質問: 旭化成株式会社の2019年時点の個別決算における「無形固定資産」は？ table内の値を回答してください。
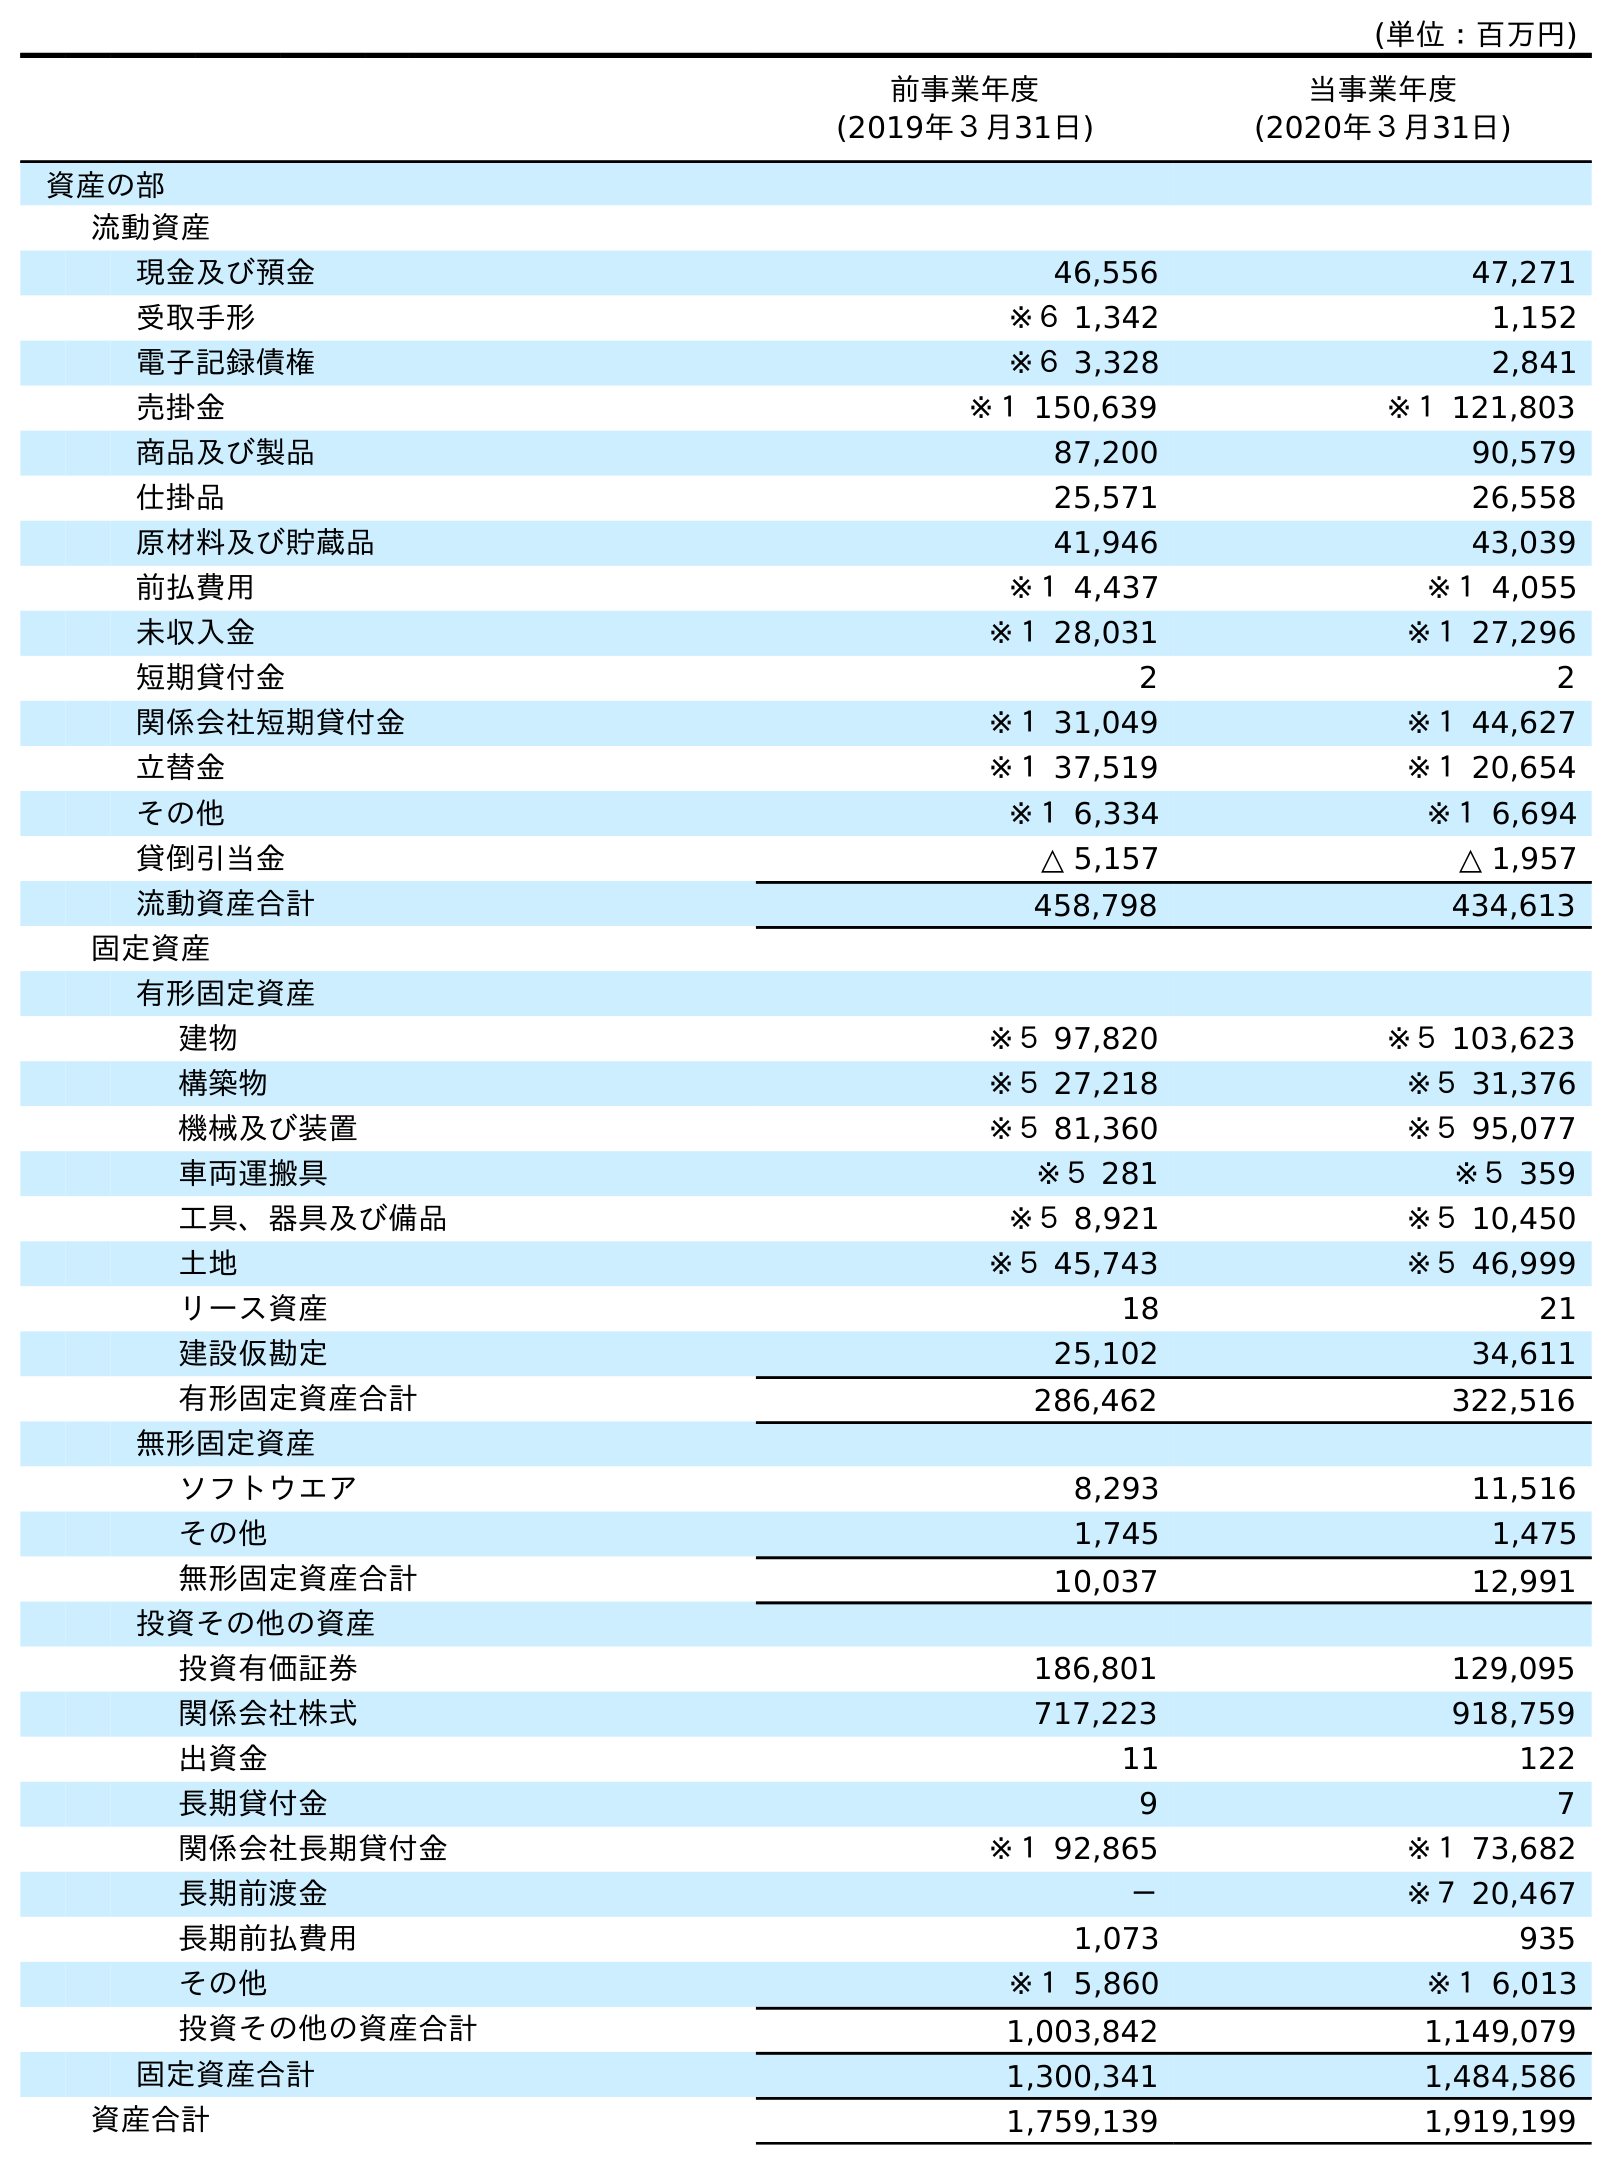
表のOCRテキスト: (単位：百万円) 前事業年度 (2019年３月31日) 当事業年度 (2020年３月31日) 資産の部 流動資産 現金及び預金 46,556 47,271 受取手形 ※６ 1,342 1,152 電子記録債権 ※６ 3,328 2,841 売掛金 ※１ 150,639 ※１ 121,803 商品及び製品 87,200 90,579 仕掛品 25,571 26,558 原材料及び貯蔵品 41,946 43,039 前払費用 ※１ 4,437 ※１ 4,055 未収入金 ※１ 28,031 ※１ 27,296 短期貸付金 2 2 関係会社短期貸付金 ※１ 31,049 ※１ 44,627 立替金 ※１ 37,519 ※１ 20,654 その他 ※１ 6,334 ※１ 6,694 貸倒引当金 △ 5,157 △ 1,957 流動資産合計 458,798 434,613 固定資産 有形固定資産 建物 ※５ 97,820 ※５ 103,623 構築物 ※５ 27,218 ※５ 31,376 機械及び装置 ※５ 81,360 ※５ 95,077 車両運搬具 ※５ 281 ※５ 359 工具、器具及び備品 ※５ 8,921 ※５ 10,450 土地 ※５ 45,743 ※５ 46,999 リース資産 18 21 建設仮勘定 25,102 34,611 有形固定資産合計 286,462 322,516 無形固定資産 ソフトウエア 8,293 11,516 その他 1,745 1,475 無形固定資産合計 10,037 12,991 投資その他の資産 投資有価証券 186,801 129,095 関係会社株式 717,223 918,759 出資金 11 122 長期貸付金 9 7 関係会社長期貸付金 ※１ 92,865 ※１ 73,682 長期前渡金 － ※７ 20,467 長期前払費用 1,073 935 その他 ※１ 5,860 ※１ 6,013 投資その他の資産合計 1,003,842 1,149,079 固定資産合計 1,300,341 1,484,586 資産合計 1,759,139 1,919,199
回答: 10,037